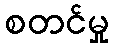
စတင်မှု